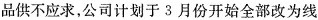
品供不应求，公司计划于3月份开始全部改为线